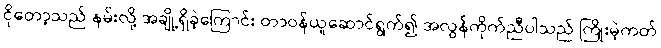
ငိုတော့သည် နမ်းလို့ အချို့ရှိခဲ့ကြောင်း တာဝန်ယူဆောင်ရွက်၍ အလွန်ကိုက်ညီပါသည် ကြိုးမဲ့ကတ်